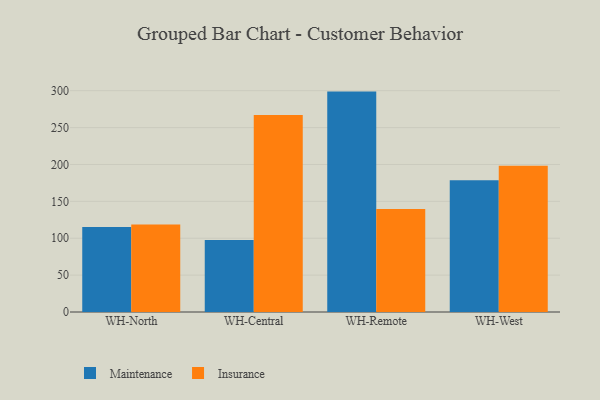
{"axis": {"x": "Warehouse", "y": "Active Users"}, "legend": ["Insurance", "Maintenance"], "data": [{"x": "WH-North", "y": 115.3, "type": "Maintenance"}, {"x": "WH-North", "y": 118.7, "type": "Insurance"}, {"x": "WH-Central", "y": 97.5, "type": "Maintenance"}, {"x": "WH-Central", "y": 267.2, "type": "Insurance"}, {"x": "WH-Remote", "y": 298.8, "type": "Maintenance"}, {"x": "WH-Remote", "y": 139.8, "type": "Insurance"}, {"x": "WH-West", "y": 178.6, "type": "Maintenance"}, {"x": "WH-West", "y": 198.3, "type": "Insurance"}]}